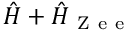
\hat { H } + \hat { H } _ { \mathrm { ~ Z ~ e ~ e ~ } }